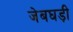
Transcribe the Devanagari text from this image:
जेबघड़ी